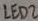
Text: LED2